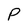
Character: P